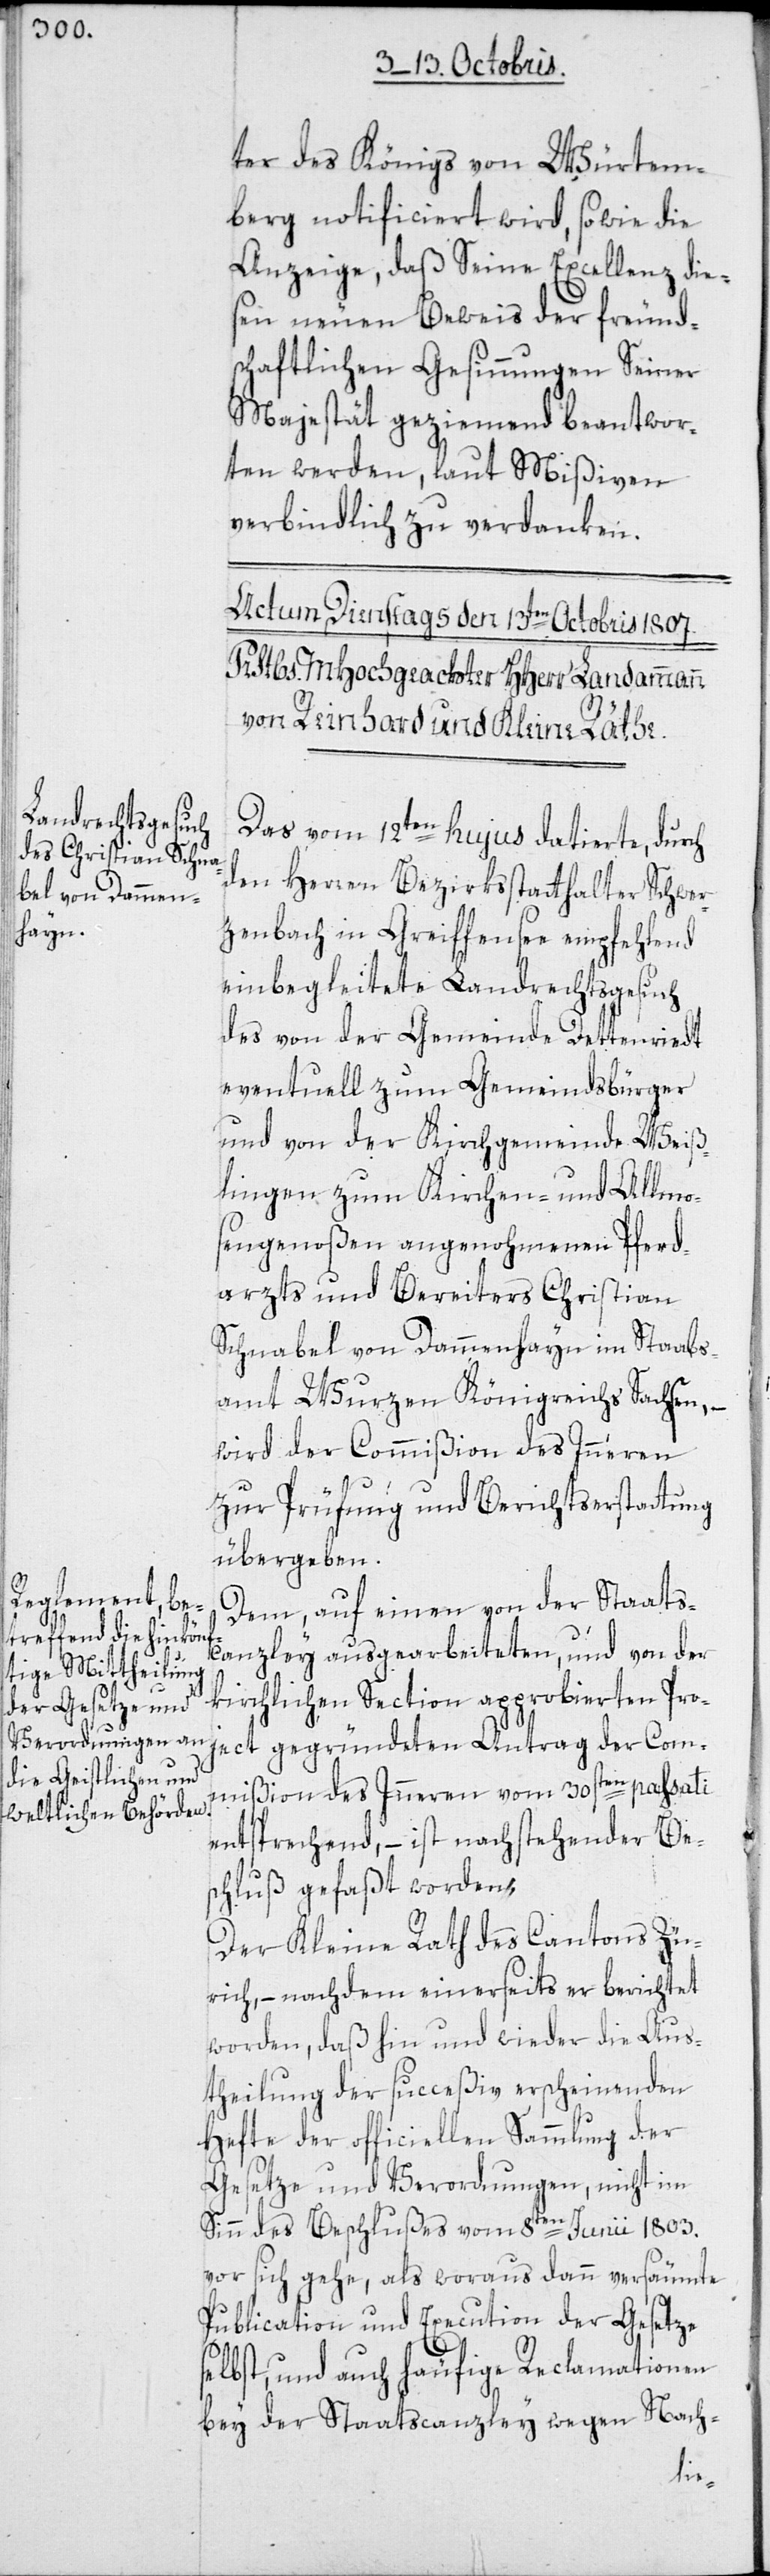
ter des Königs von Würtem¬
berg notificiert wird, sowie die
Anzeige, daß Seine Excellenz die¬
sen neuen Beweis der freund¬
schaftlichen Gesinnungen Seiner
Majestät geziemend beantwor¬
ten werden, laut Mißiven
verbindlich zu verdanken.
Das vom 12ten hujus datierte, durch
den Herren Bezirksstatthalter Schwer¬
zenbach in Greiffensee empfehlend
einbegleitete Landrechtsgesuch
des von der Gemeinde Dettenriedt
eventuell zum Gemeindsbürger
und von der Kirchgemeinde Weiß¬
lingen zum Kirchen und Allmo¬
sengenoßen angenohmenen Pferd¬
arzts und Bereiters Christian
Schnabel von Dammenhayn im Staabs¬
amt Wurzen Königreichs Sachsen, –
wird der Commißion des Inneren
zur Prüfung und Berichtserstattung
übergeben.
Dem, auf einen von der Staats¬
canzley ausgearbeiteten, und von der
kirchlichen Section approbierten Pro¬
ject gegründeten Antrag der Com¬
mißion des Inneren vom 30sten passati
entsprechend, – ist nachstehender Bes¬
chluß gefaßt worden:
Der Kleine Rath des Cantons Zü¬
rich, – nachdem einerseits er berichtet
worden, daß hin und wieder die Aus¬
theilung der succeßiv erscheinenden
Hefte der officiellen Sammlung der
Gesetze und Verordnungen, nicht im
Sinn des Beschlußes vom 8ten Junii 1803.
vor sich gehe, als woraus dann versäumte
Publication und Execution der Gesetze
lbst, und auch häufige Reclamationen
bey der Staatscanzley wegen Nach-
se¬